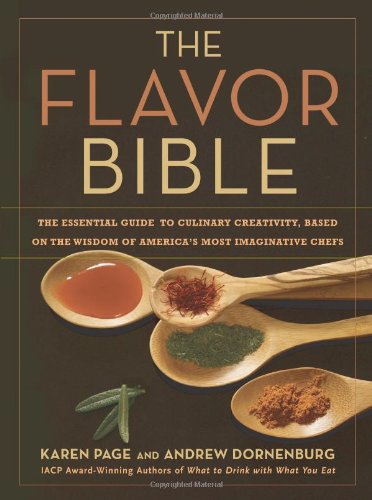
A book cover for The Flavor Bible: The Essential Guide to Culinary Creativity, Based on the Wisdom of America's Most Imaginative Chefs; Karen Page; Cookbooks, Food & Wine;